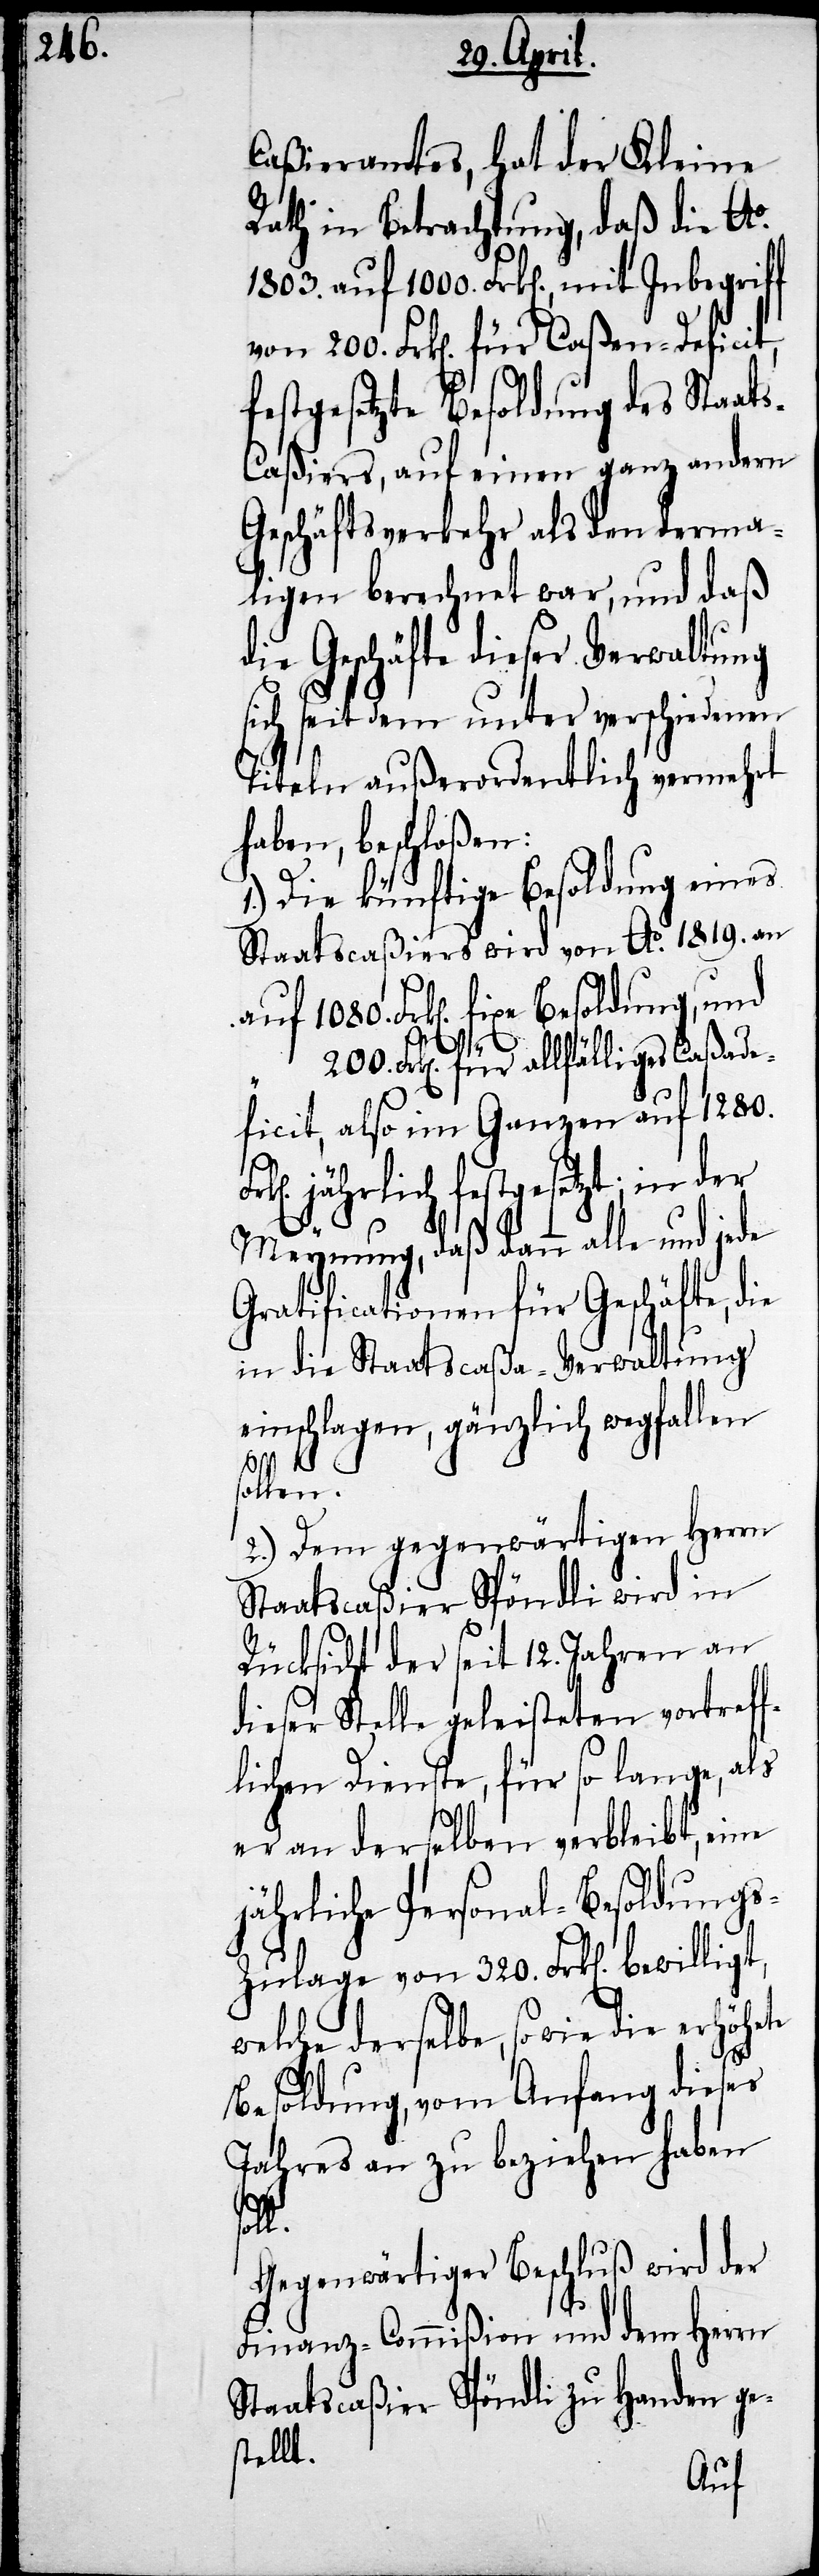
Caßieramtes, hat der Kleine
Rath in Betrachtung, daß die Ao.
1803. auf 1000. Frk[en]., mit Inbegriff
festgesetzte Besoldung des Staat¬
s-Caßiers, auf einen ganz andern
Geschäftsverkehr als den derma¬
ligen berechnet war, und daß
die Geschäfte dieser Verwaltung
sich seit dem unter verschiedenen
Titeln außerordentlich vermehrt
haben, beschloßen:
1.) Die künftige Besoldung eines
Staatscaßiers wird von Ao. 1819. an
1080.
200. Frk[en]. für allfälliges Caßade¬
ficit, also im Ganzen auf 1280.
jährlich festgesetzt; in der
Meynung, daß dann alle und jede
Gratificationen für Geschäfte, die
in die Staatscaßa-Verwaltung
einschlagen, gänzlich wegfallen
len.
2.) Dem gegenwärtigen Herrn
Staatscaßier Spöndli wird in
Rücksicht der seit 12. Jahren an
dieser Stelle geleisteten vortreff¬
lichen Dienste, für so lange, als
er an derselben verbleibt, eine
jährliche Personal-Besoldung¬
welche derselbe, so wie die erhöhete
Besoldung, vom Anfang dieses
Jahres an zu beziehen haben
l.
Gegenwärtiger Beschluß wird der
Finanz-Commißion und dem Herrn
Staatscaßier Spöndli zu Handen ge¬
stellt.